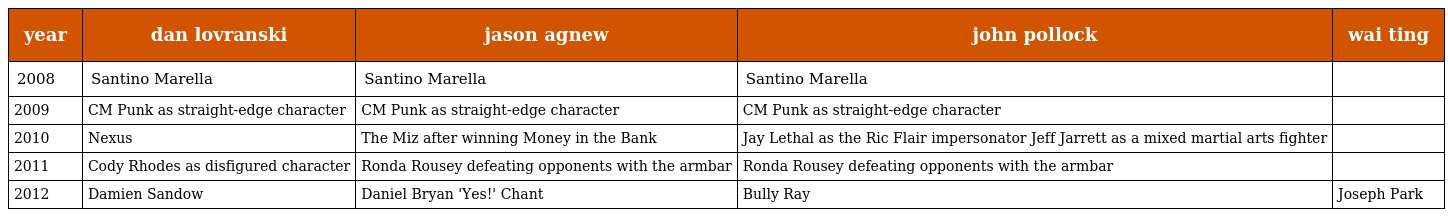
| year | dan lovranski | jason agnew | john pollock | wai ting |
 | --- | --- | --- | --- | --- |
 | 2008 | Santino Marella | Santino Marella | Santino Marella |  |
 | 2009 | CM Punk as straight-edge character | CM Punk as straight-edge character | CM Punk as straight-edge character |  |
 | 2010 | Nexus | The Miz after winning Money in the Bank | Jay Lethal as the Ric Flair impersonator Jeff Jarrett as a mixed martial arts fighter |  |
 | 2011 | Cody Rhodes as disfigured character | Ronda Rousey defeating opponents with the armbar | Ronda Rousey defeating opponents with the armbar |  |
 | 2012 | Damien Sandow | Daniel Bryan 'Yes!' Chant | Bully Ray | Joseph Park |